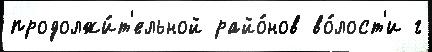
продолжи́т'ельной райо́нов во́лост'и г